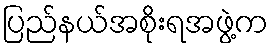
ပြည်နယ်အစိုးရအဖွဲ့က